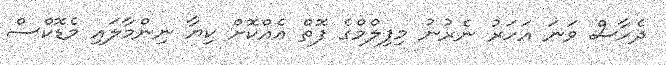
ދެހާސް ވަނަ އަހަރު ނެރުނު މިފިލްމްގެ ފޮތް އެއްކޮށް ކިޔާ ނިންމާލައި މެޑޮކްސް